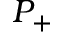
P _ { + }